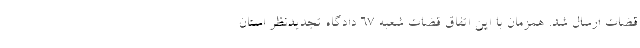
قضات ارسال شد. همزمان با این اتفاق قضات شعبه ۶۷ دادگاه تجدیدنظر استان